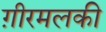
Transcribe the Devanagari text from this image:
ग़ीरमलकी